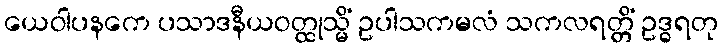
ယေဝါပနကေ ပသာဒနီယဝတ္ထုသ္မိံ ဥပါသကမလံ သကလရတ္တိံ ဥဒ္ဓရတု